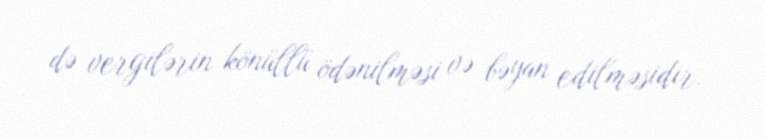
də vergilərin könüllü ödənilməsi və bəyan edilməsidir.